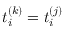
t _ { i } ^ { ( k ) } = t _ { i } ^ { ( j ) }